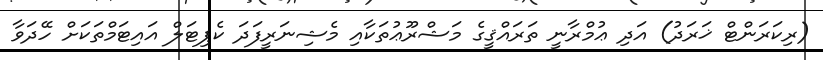
(ރިކަރަންޓް ޚަރަދު) އަދި ޢުމްރާނީ ތަރައްޤީގެ މަޝްރޫޢުތަކާއި މެޝިނަރީފަދަ ކެޕިޓަލް އައިޓަމްތަކަށް ހޭދަވާ